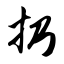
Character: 扔